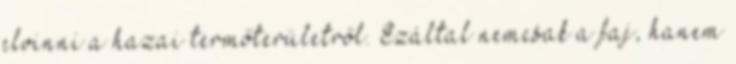
elvinni a hazai termőterületről. Ezáltal nemcsak a faj, hanem